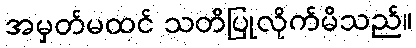
အမှတ်မထင် သတိပြုလိုက်မိသည်။